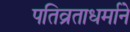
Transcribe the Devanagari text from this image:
पतिव्रताधर्माने